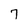
Character: 7